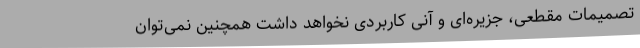
تصمیمات مقطعی، جزیره‌ای و آنی کاربردی نخواهد داشت همچنین نمی‌توان